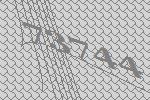
73744